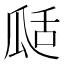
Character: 𤫵